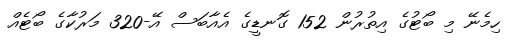
ހިމެނޭ މި ބޯޓުގެ އިތުރުން 152 ގޮނޑީގެ އެއާބަސް އޭ-320 މަރުކާގެ ބޯޓެއް